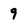
Character: 9